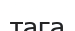
тага